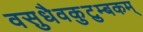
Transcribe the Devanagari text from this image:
वसुधैवकुटुम्बकम्